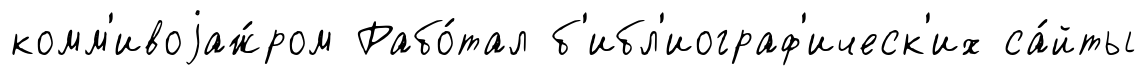
комм'ивоjаж́ром Рабо́тал б'ибл'иограф'ическ'их са́йты